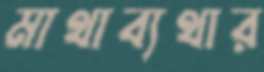
মাথাব্যথার